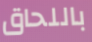
باللحاق